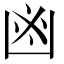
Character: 𠚍